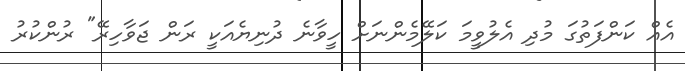
އެއް ކަންފަތުގަ މުދި އެލުވީމަ ކަލޭމެންނަށް ހީވާނެ ދުނިޔެއަކީ ރަން ޖަވާހިރޭ" ރުންކުރު